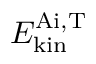
E _ { \mathrm { k i n } } ^ { \mathrm { A i , T } }